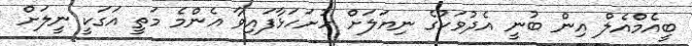
ބީއެމްއެލް އިން ބުނީ އެދުވަހުގެ ނިޔަލަށް ހުށަހަޅާފައިވާ އެންމެ މަތީ އަގަކީ ނީލަށް